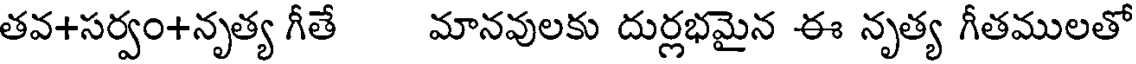
తవ+సర్వం+నృత్య గీతే మానవులకు దుర్లభమైన ఈ నృత్య గీతములతో